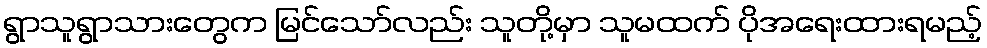
ရွာသူရွာသားတွေက မြင်သော်လည်း သူတို့မှာ သူမထက် ပိုအရေးထားရမည့်